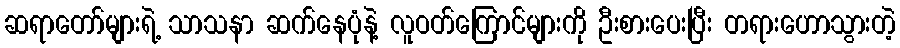
ဆရာတော်များရဲ့ သာသနာ ဆက်နေပုံနဲ့ လူဝတ်ကြောင်များကို ဦးစားပေးပြီး တရားဟောသွားတဲ့